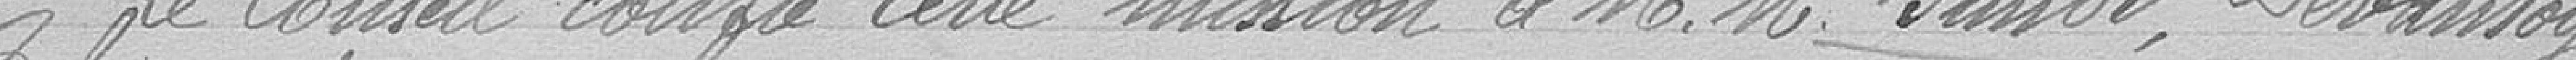
Le Conseil confie cette mission à Messieurs Janot, Devantoy